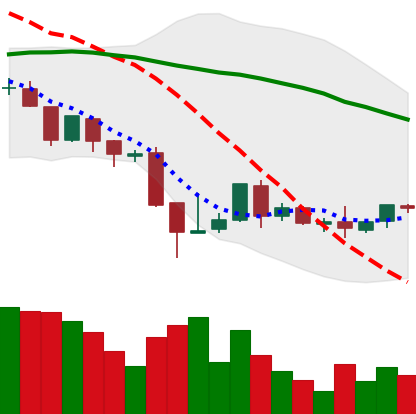
Ticker: BNB-USD
Chart end date: 2018-08-25
Forward return: 6.184%
Label: up_5_7